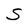
Character: S